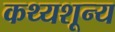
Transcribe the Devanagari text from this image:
कथ्यशून्य